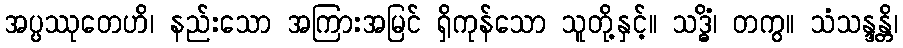
အပ္ပဿုတေဟိ၊ နည်းသော အကြားအမြင် ရှိကုန်သော သူတို့နှင့်။ သဒ္ဓိံ၊ တကွ။ သံသန္ဒန္တိ၊